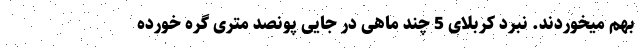
بهم میخوردند. نبرد کربلای 5 چند ماهی در جایی پونصد متری گره خورده